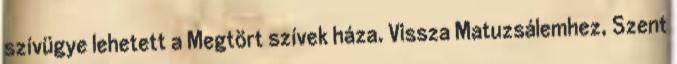
szívügye lehetett a Megtört szívek háza. Vissza Matuzsálemhez, Szent